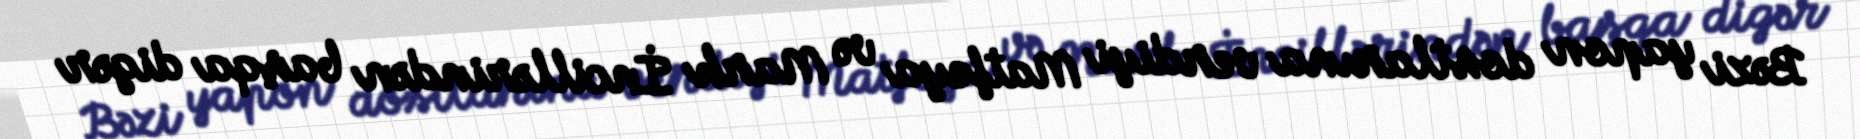
Bəzi yapon dostlarına verdiyi Matfeya və Mark İncillərindən başqa digər